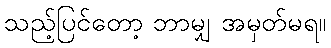
သည့်ပြင်တော့ ဘာမျှ အမှတ်မရ။